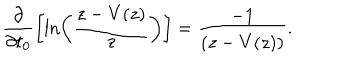
\frac { \partial } { \partial t _ { 0 } } \biggl [ \ln \left( \frac { z - V ( z ) } { z } \right) \biggr ] = \frac { - 1 } { \left( z - V ( z ) \right) } .